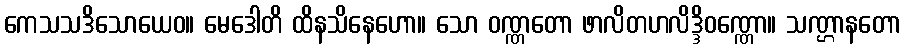
ကေသသဒိသောယေဝ။ မေဒေါတိ ထိနသိနေဟော။ သော ဝဏ္ဏတော ဖာလိတဟလိဒ္ဒိဝဏ္ဏော။ သဏ္ဌာနတော